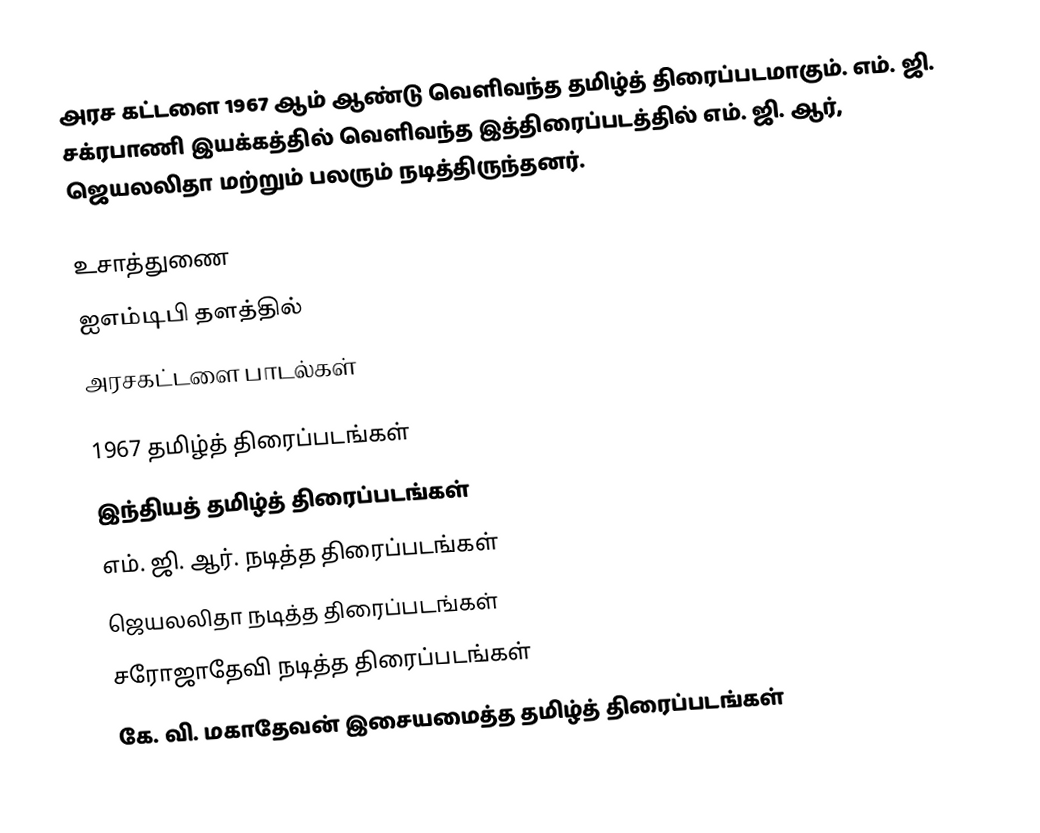
அரச கட்டளை 1967 ஆம் ஆண்டு வெளிவந்த தமிழ்த் திரைப்படமாகும். எம். ஜி. சக்ரபாணி இயக்கத்தில் வெளிவந்த இத்திரைப்படத்தில் எம். ஜி. ஆர், ஜெயலலிதா மற்றும் பலரும் நடித்திருந்தனர்.

உசாத்துணை
 ஐஎம்டிபி தளத்தில்
 அரசகட்டளை பாடல்கள்

1967 தமிழ்த் திரைப்படங்கள்
இந்தியத் தமிழ்த் திரைப்படங்கள்
எம். ஜி. ஆர். நடித்த திரைப்படங்கள்
ஜெயலலிதா நடித்த திரைப்படங்கள்
சரோஜாதேவி நடித்த திரைப்படங்கள்
கே. வி. மகாதேவன் இசையமைத்த தமிழ்த் திரைப்படங்கள்